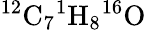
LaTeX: {}^{12}\mathrm{C}_{7}{}^{1}\mathrm{H}_{8}{}^{16}\mathrm{O}